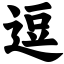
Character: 逗